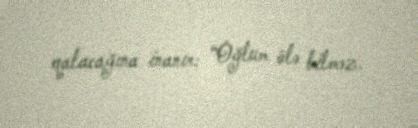
qalacağına inanır: “Oğlum ölə bilməz.